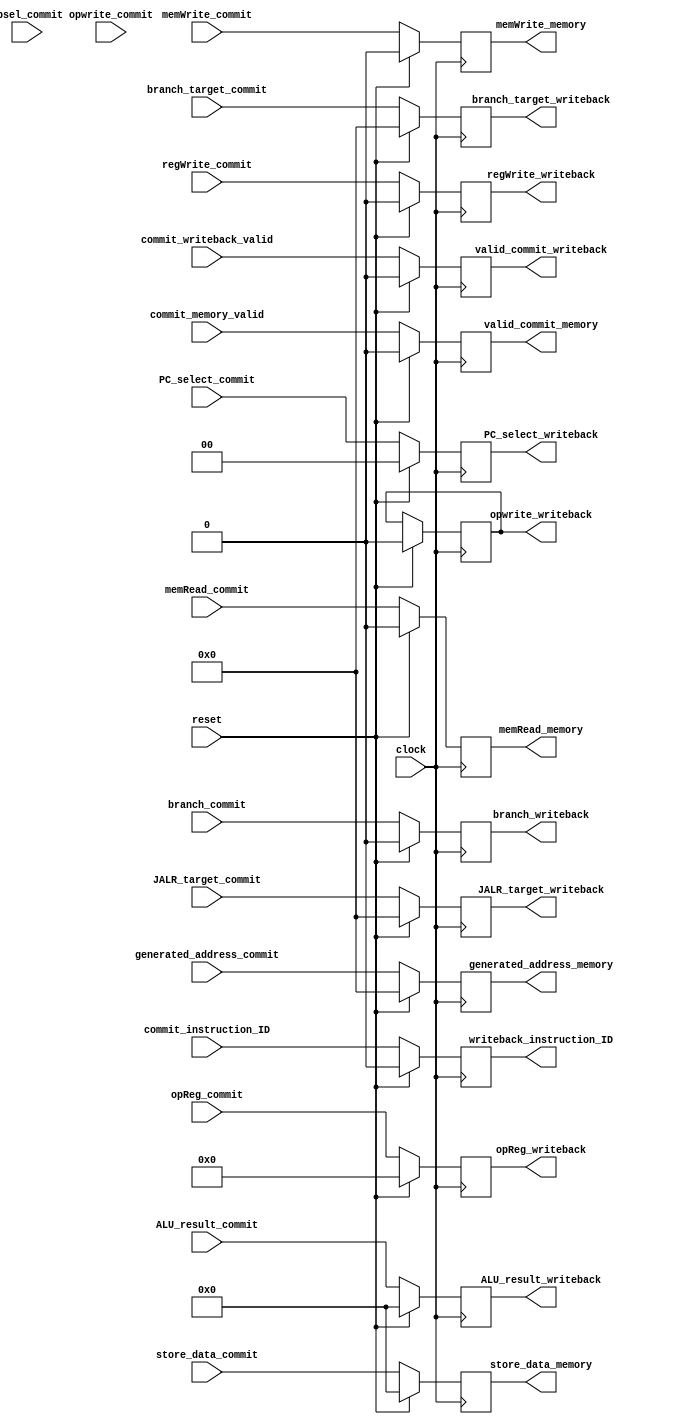

//////////////////////////////////////////////////////////////////////////////////

///////////////////////////////////////////////////////////////////////////////////

module commit_pipe_unit #(parameter  DATA_WIDTH = 32,
                          ADDRESS_BITS = 20, NUMBER_OF_ACTIVE_INSTRUCTIONS = 2  )(

    input clock,reset,
    input commit_writeback_valid,
    input commit_memory_valid,
    input [DATA_WIDTH-1:0] ALU_result_commit,
    input [ADDRESS_BITS-1:0] generated_address_commit,
    input opwrite_commit,
    input opsel_commit,
    input [4:0] opReg_commit,
    input memWrite_commit,
    input [log2(NUMBER_OF_ACTIVE_INSTRUCTIONS)-1:0] commit_instruction_ID,
    input [DATA_WIDTH-1:0] store_data_commit,
    input memRead_commit,
    input regWrite_commit,
    input  [1:0] PC_select_commit,
    input  [ADDRESS_BITS-1:0] JALR_target_commit,
    input  [ADDRESS_BITS-1:0] branch_target_commit,
    input  branch_commit,


    output [ADDRESS_BITS-1:0] generated_address_memory,
    output [DATA_WIDTH-1:0] store_data_memory,
    output memWrite_memory,
    output memRead_memory,
    output valid_commit_memory,
    
    output regWrite_writeback,   
    output [DATA_WIDTH-1:0] ALU_result_writeback,
    output opwrite_writeback,
   // output opsel_writeback,
    output [4:0] opReg_writeback,
    output valid_commit_writeback,
    output [log2(NUMBER_OF_ACTIVE_INSTRUCTIONS)-1:0] writeback_instruction_ID,
    output [1:0] PC_select_writeback,
    output [ADDRESS_BITS-1:0] JALR_target_writeback,
    output [ADDRESS_BITS-1:0] branch_target_writeback,
    output branch_writeback
    );

localparam NOP = 32'h00000013;

//  define the log2 function
function integer log2;
    input integer num;
    integer i, result;
    begin
        for (i = 0; 2 ** i < num; i = i + 1)
            result = i + 1;
        log2 = result;
    end
endfunction

// writeback registers
reg    commit_valid_to_writeback;
reg    [DATA_WIDTH-1:0] ALU_result_commit_to_writeback;
reg    opwrite_commit_to_writeback;
reg    opsel_commit_to_writeback;
reg    [4:0] opReg_commit_to_writeback;
reg    memWrite_commit_to_memory;
reg    [log2(NUMBER_OF_ACTIVE_INSTRUCTIONS)-1:0]  commit_instruction_ID_to_writeback;
reg    [1:0] PC_select_commit_to_writeback;
reg    [ADDRESS_BITS-1:0] JALR_target_commit_to_writeback;
reg    [ADDRESS_BITS-1:0] branch_target_commit_to_writeback;
reg    branch_commit_to_writeback;
reg    branch_detected_commit_to_writeback;
reg    regWrite_commit_to_writeback;

// memory registers
reg    [DATA_WIDTH-1:0] ALU_result_commit_to_memory;
reg    [DATA_WIDTH-1:0] store_data_commit_to_memory;
reg    memRead_commit_to_memory;
reg    commit_valid_to_commit_memory;
reg    [ADDRESS_BITS-1:0] generated_address_commit_to_memory;

//assign output to writeback
assign ALU_result_writeback       = ALU_result_commit_to_writeback;
assign opwrite_writeback          = opwrite_commit_to_writeback;
assign opsel_writeback            = opsel_commit_to_writeback;
assign opReg_writeback            = opReg_commit_to_writeback;
assign valid_commit_writeback     = commit_valid_to_writeback;
assign writeback_instruction_ID   = commit_instruction_ID_to_writeback;
assign PC_select_writeback        = PC_select_commit_to_writeback; 
assign JALR_target_writeback      = JALR_target_commit_to_writeback;
assign branch_target_writeback    = branch_target_commit_to_writeback;
assign branch_writeback           = branch_commit_to_writeback;
assign regWrite_writeback         = regWrite_commit_to_writeback;

// assign output to memory 
assign generated_address_memory   = generated_address_commit_to_memory; 
assign store_data_memory          = store_data_commit_to_memory;
assign memWrite_memory            = memWrite_commit_to_memory;
assign memRead_memory             = memRead_commit_to_memory; 
assign valid_commit_memory        = commit_valid_to_commit_memory;

always @(posedge clock) begin
    if(reset) begin
        // clear registers on reset
        ALU_result_commit_to_writeback      <= {DATA_WIDTH{1'b0}};
        opwrite_commit_to_writeback         <= 1'b0;
        opsel_commit_to_writeback           <= 1'b0;
        opReg_commit_to_writeback           <= 5'b0;
        commit_valid_to_writeback           <= 1'b0;
        commit_instruction_ID_to_writeback  <= {log2(NUMBER_OF_ACTIVE_INSTRUCTIONS){1'b0}};
        regWrite_commit_to_writeback        <= 1'b0;
        ALU_result_commit_to_memory         <= {DATA_WIDTH{1'b0}};
        store_data_commit_to_memory         <= {DATA_WIDTH{1'b0}};
        memWrite_commit_to_memory           <= 1'b0;
        memRead_commit_to_memory            <= 1'b0;
        commit_valid_to_commit_memory       <= 1'b0;
        PC_select_commit_to_writeback       <= 2'b0;
        JALR_target_commit_to_writeback     <= {ADDRESS_BITS{1'b0}};
        branch_target_commit_to_writeback   <= {ADDRESS_BITS{1'b0}};
        branch_commit_to_writeback          <= 1'b0;   
        branch_detected_commit_to_writeback <= 1'b0;        
        generated_address_commit_to_memory  <= {ADDRESS_BITS{1'b0}};                   
    end
    else begin
        ALU_result_commit_to_writeback      <= ALU_result_commit;
        opsel_commit_to_writeback           <= opsel_commit;
        opReg_commit_to_writeback           <= opReg_commit;
        regWrite_commit_to_writeback        <= regWrite_commit;
        commit_valid_to_writeback           <= commit_writeback_valid;
        commit_instruction_ID_to_writeback  <= commit_instruction_ID;
        ALU_result_commit_to_memory         <= ALU_result_commit;
        store_data_commit_to_memory         <= store_data_commit;
        memWrite_commit_to_memory           <= memWrite_commit;
        memRead_commit_to_memory            <= memRead_commit;
        commit_valid_to_commit_memory       <= commit_memory_valid;
        PC_select_commit_to_writeback       <= PC_select_commit;
        JALR_target_commit_to_writeback     <= JALR_target_commit;
        branch_target_commit_to_writeback   <= branch_target_commit;
        branch_commit_to_writeback          <= branch_commit;
        generated_address_commit_to_memory  <= generated_address_commit;        
   end
end
endmodule